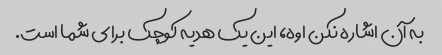
به آن اشاره نکن اوه، این یک هدیه کوچک برای شما است.